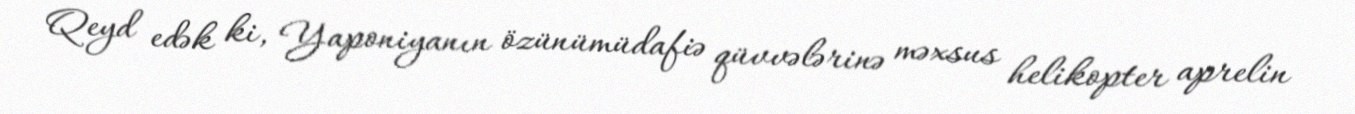
Qeyd edək ki, Yaponiyanın özünümüdafiə qüvvələrinə məxsus helikopter aprelin